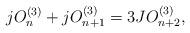
LaTeX: \begin{align*}jO_{n}^{(3)}+jO_{n+1}^{(3)}=3JO_{n+2}^{(3)},\end{align*}